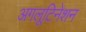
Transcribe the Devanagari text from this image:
अगलूटिनेशन